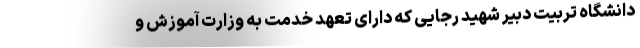
دانشگاه تربیت دبیر شهید رجایی که دارای تعهد خدمت به وزارت آموزش و